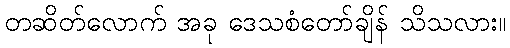
တဆိတ်လောက် အခု ဒေသစံတော်ချိန် သိသလား။